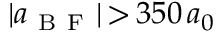
| a _ { \mathrm { ~ B ~ F ~ } } | \, { > } \, 3 5 0 \, a _ { 0 }